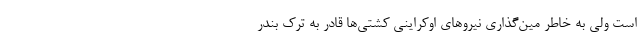
است ولی به خاطر مین‌گذاری نیروهای اوکراینی کشتی‌ها قادر به ترک بندر